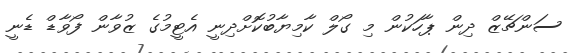
ސަންޗޭޒް ދިން ޕާހަކުން މި ގޯލް ކާމިޔާބުކޮށްދިނީ އެޓީމުގެ ޒުވާން ފޯވާޑް ޑެނީ